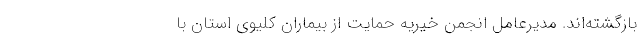
بازگشته‌اند. مدیرعامل انجمن خیریه حمایت از بیماران کلیوی استان با